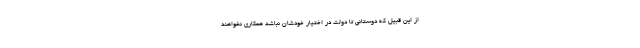
از این قبیل که دوستانی تا دولت در اختیار خودشان نباشد همکاری نخواهند